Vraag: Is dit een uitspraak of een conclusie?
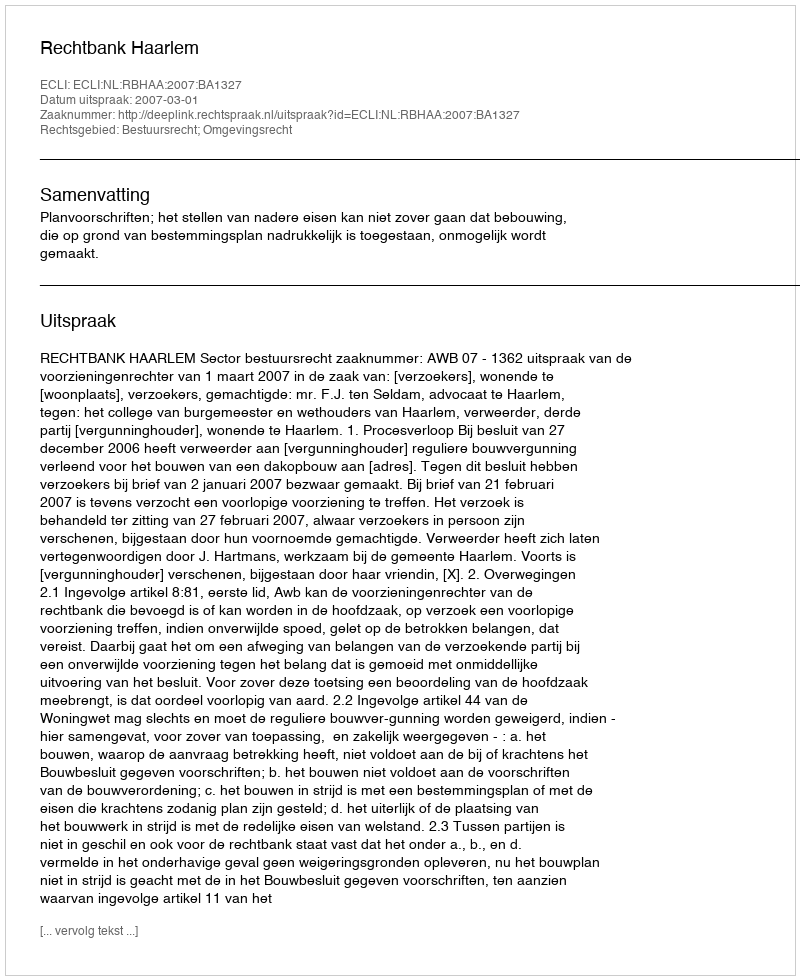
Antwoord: Uitspraak